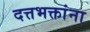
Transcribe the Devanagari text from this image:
दत्तभक्तांना